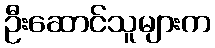
ဦးဆောင်သူများက